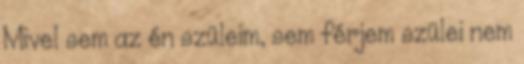
Mivel sem az én szüleim, sem férjem szülei nem